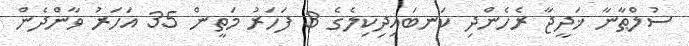
ސުލްޠާނާ ޚަދީޖާ ރެހެންދި ކަނބައިދިކިލެގެ 3 ފަހަރު މަތީން 35 އަހަރު ވާންދެން